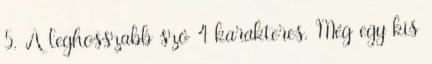
5. A leghosszabb szó 4 karakteres. Még egy kis